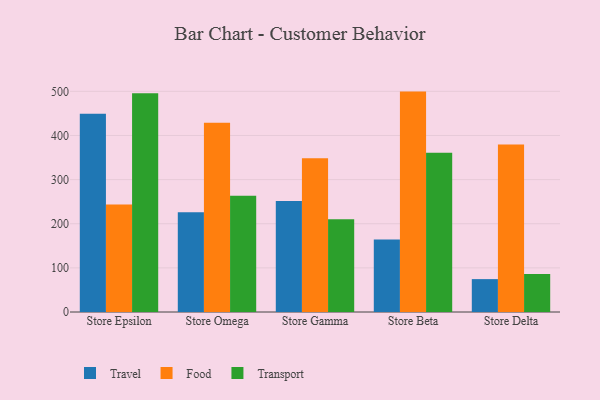
{"axis": {"x": "Store", "y": "Population (Million)"}, "legend": ["Food", "Transport", "Travel"], "data": [{"x": "Store Epsilon", "y": 449.3, "type": "Travel"}, {"x": "Store Epsilon", "y": 243.5, "type": "Food"}, {"x": "Store Epsilon", "y": 495.6, "type": "Transport"}, {"x": "Store Omega", "y": 225.9, "type": "Travel"}, {"x": "Store Omega", "y": 428.7, "type": "Food"}, {"x": "Store Omega", "y": 263.3, "type": "Transport"}, {"x": "Store Gamma", "y": 251.7, "type": "Travel"}, {"x": "Store Gamma", "y": 348.3, "type": "Food"}, {"x": "Store Gamma", "y": 210.2, "type": "Transport"}, {"x": "Store Beta", "y": 164.1, "type": "Travel"}, {"x": "Store Beta", "y": 499.4, "type": "Food"}, {"x": "Store Beta", "y": 360.7, "type": "Transport"}, {"x": "Store Delta", "y": 74.5, "type": "Travel"}, {"x": "Store Delta", "y": 379.6, "type": "Food"}, {"x": "Store Delta", "y": 86.2, "type": "Transport"}]}